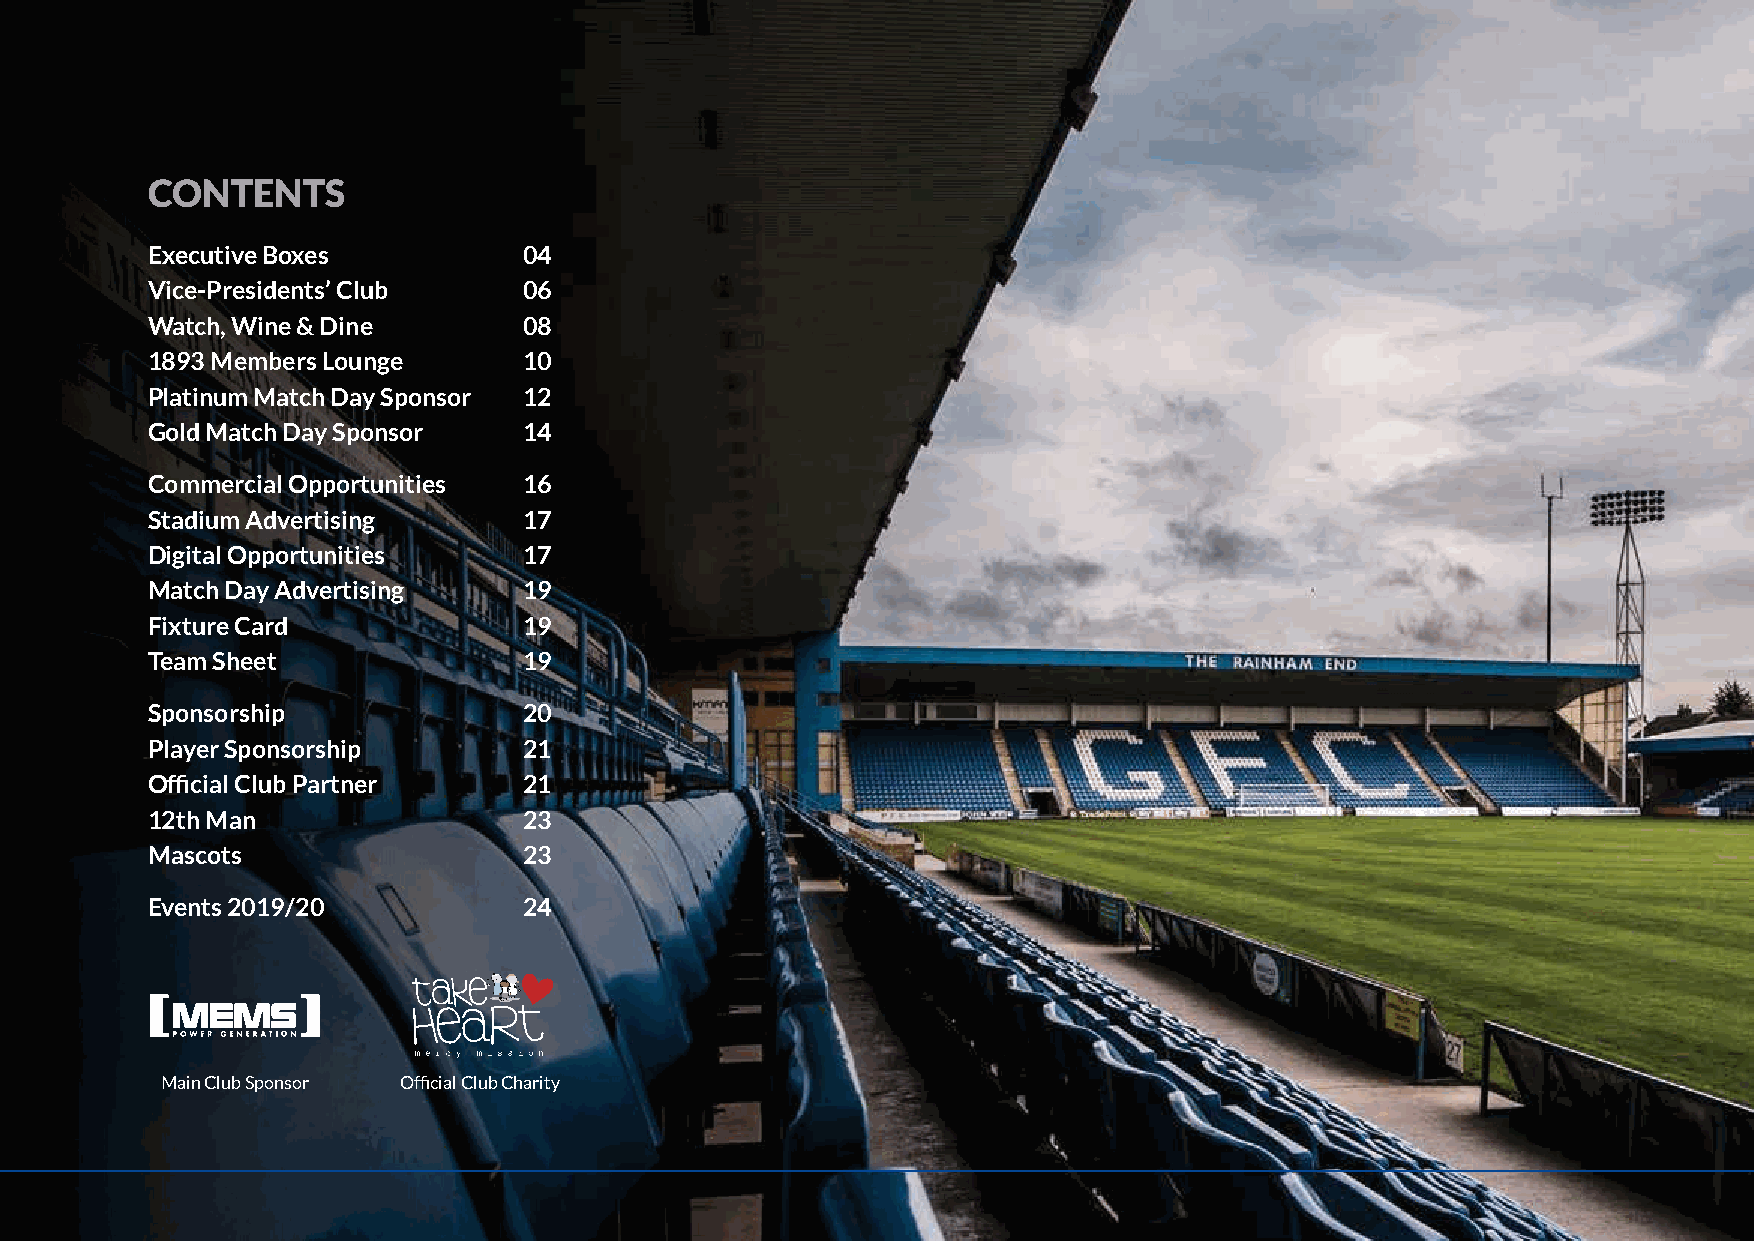
CONTENTS
 Executive Boxes          04
 Vice-Presidents’ Club    06
 Watch, Wine & Dine       08
 1893 Members Lounge      10
 Platinum Match Day Sponsor 12
 Gold Match Day Sponsor   14
 Commercial Opportunities 16
 Stadium Advertising      17
 Digital Opportunities    17
 Match Day Advertising    19
 Fixture Card             19
 Team Sheet               19
 Sponsorship              20
 Player Sponsorship       21
 Official Club Partner    21
 12th Man                 23
 Mascots                  23
 Events 2019/20           24
 Main Club Sponsor Official Club Charity